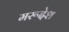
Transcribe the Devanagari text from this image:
मरूदेश